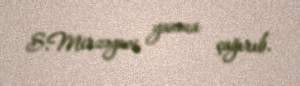
S.Mirzəyevi yanına çağırıb.